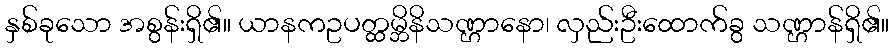
နှစ်ခုသော အစွန်းရှိ၏။ ယာနကဥပတ္ထမ္ဘိနိသဏ္ဌာနော၊ လှည်းဦးထောက်ခွ သဏ္ဌာန်ရှိ၏။